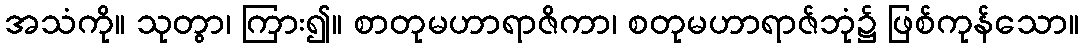
အသံကို။ သုတွာ၊ ကြား၍။ စာတုမဟာရာဇိကာ၊ စတုမဟာရာဇ်ဘုံ၌ ဖြစ်ကုန်သော။